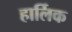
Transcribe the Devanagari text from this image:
हार्लिक